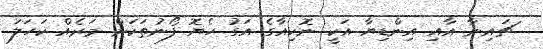
ޗައިނާ އާއި އިންޑިޔާ އަކީ ނޮކިއާގެ އަގު ހެޔޮ ފޯނުތަކަށް މަރެއް ކަހަލަ